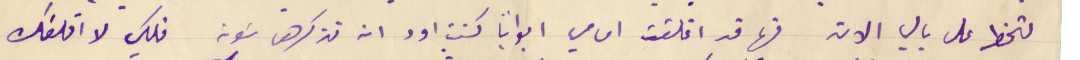
لتخطر على بالي الان فها قد اغلقت امامي ابواباً كنت اود ان نذكرها سَوية فلكي لا اقلقك